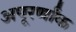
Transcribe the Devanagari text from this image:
अपूरर्णांक